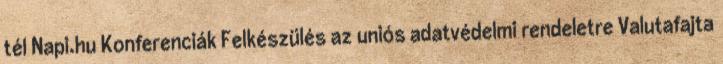
tél Napi.hu Konferenciák Felkészülés az uniós adatvédelmi rendeletre Valutafajta